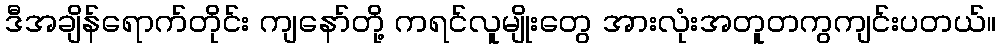
ဒီအချိန်ရောက်တိုင်း ကျနော်တို့ ကရင်လူမျိုးတွေ အားလုံးအတူတကွကျင်းပတယ်။